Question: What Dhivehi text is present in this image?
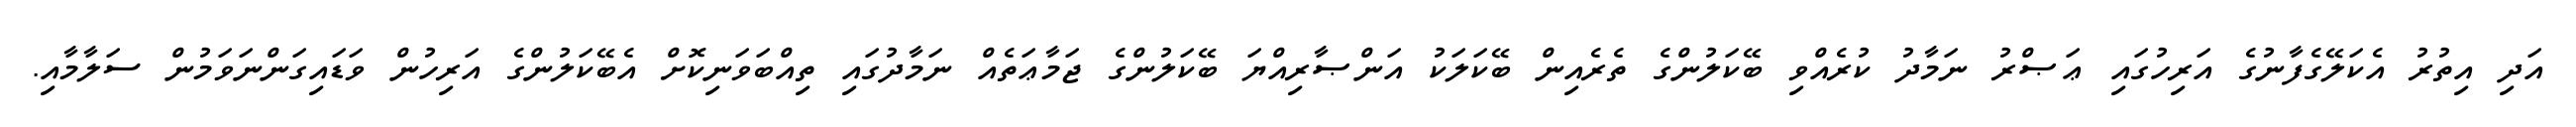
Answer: އަދި އިތުރު އެކަލޭގެފާނުގެ އަރިހުގައި ޢަޞްރު ނަމާދު ކުރެއްވި ބޭކަލުންގެ ތެރެއިން ބޭކަލަކު އަންޞާރިއްޔަ ބޭކަލުންގެ ޖަމާޢަތެއް ނަމާދުގައި ތިއްބަވަނިކޮށް އެބޭކަލުންގެ އަރިހުން ވަޑައިގަންނަވަމުން ސަލާމާއި.